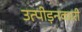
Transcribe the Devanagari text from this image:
उत्पीड़नकारी